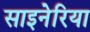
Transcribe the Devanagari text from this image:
साइनेरिया